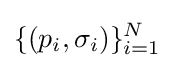
\{(p_{i},\sigma _{i})\}_{i=1}^{N}